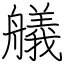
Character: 艤